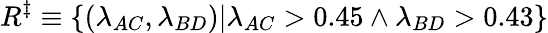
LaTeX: R^{\ddagger}\equiv\{ (\lambda_{AC},\lambda_{BD})|{\lambda_{AC}>0.45\wedge\lambda_{BD}>0.43}\}